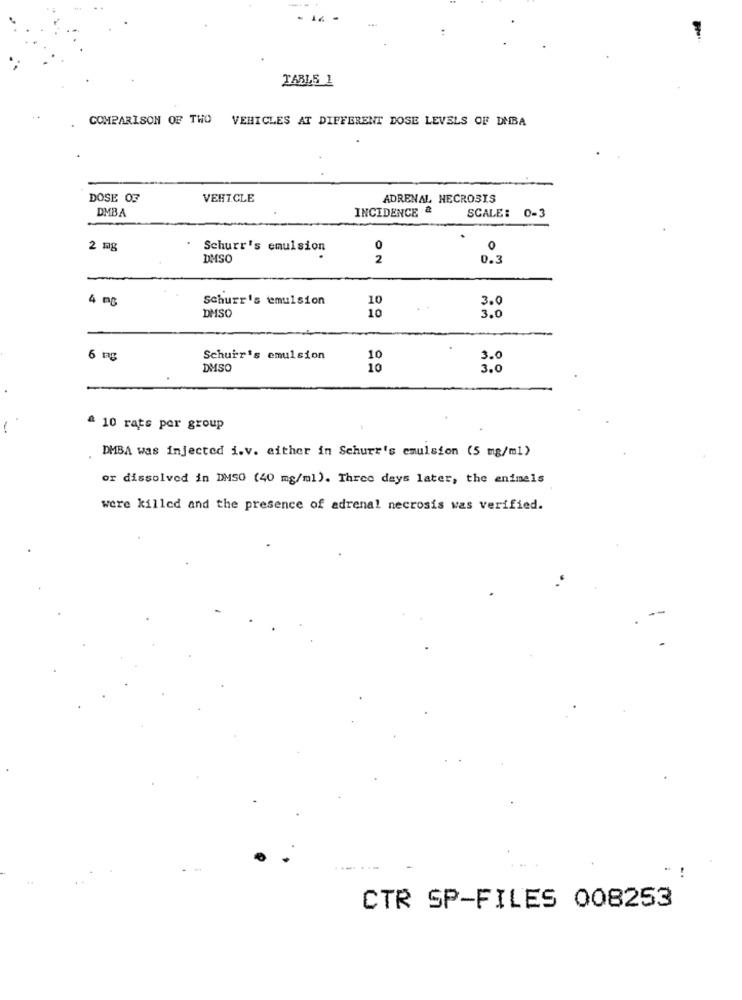
14
:
TABLE 1
COMPARISON OF THO VEHICLES AT DIFFERENT DOSE LEVELS OF DABA
DOSE OF
VEHICLE
ADRENAL NECROSIS
DMBA
INCIDENCE &
SCALE: 0-3
2 mg
Schurr's emulsion
0
0
DMSO
2
0.3
4 mg
Schurr's emulsion
10
3.0
10
DMSO
3.0
6 ng
Schuir's emulsion
10
3.0
DMSO
3.0
^ 10 rats per group
DMBA was injected i.v. either in Schurr's emulsion (5 mg/ml)
or dissolved in DMSO (40 mg/ml). Three days later, the enimels
were killed and the presence of adrenal necrosis was verified.
CTR SP-FILES 008253